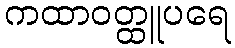
ကထာဝတ္ထူပရေ